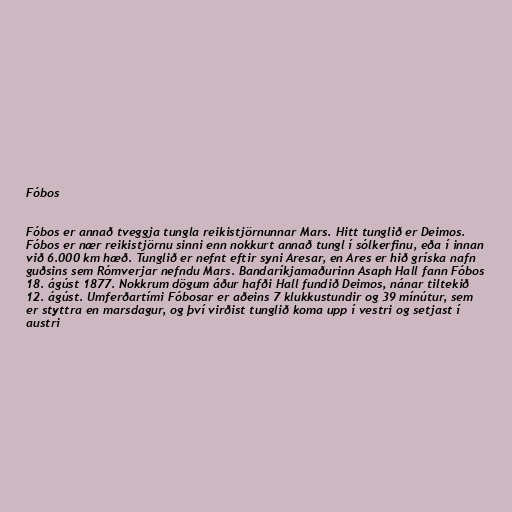
Fóbos

Fóbos er annað tveggja tungla reikistjörnunnar Mars. Hitt tunglið er Deimos.
Fóbos er nær reikistjörnu sinni enn nokkurt annað tungl í sólkerfinu, eða í innan
við 6.000 km hæð. Tunglið er nefnt eftir syni Aresar, en Ares er hið gríska nafn
guðsins sem Rómverjar nefndu Mars. Bandaríkjamaðurinn Asaph Hall fann Fóbos
18. ágúst 1877. Nokkrum dögum áður hafði Hall fundið Deimos, nánar tiltekið
12. ágúst. Umferðartími Fóbosar er aðeins 7 klukkustundir og 39 mínútur, sem
er styttra en marsdagur, og því virðist tunglið koma upp í vestri og setjast í
austri